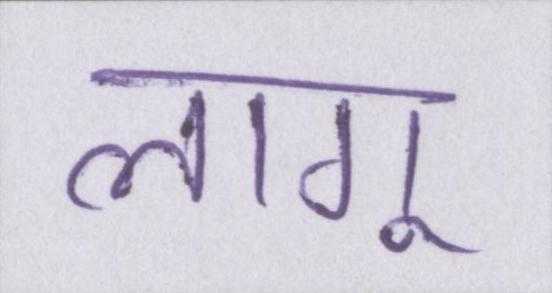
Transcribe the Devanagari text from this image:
लागू